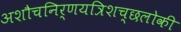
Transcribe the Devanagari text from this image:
अशौचनिर्णयत्रिशच्छलोकी